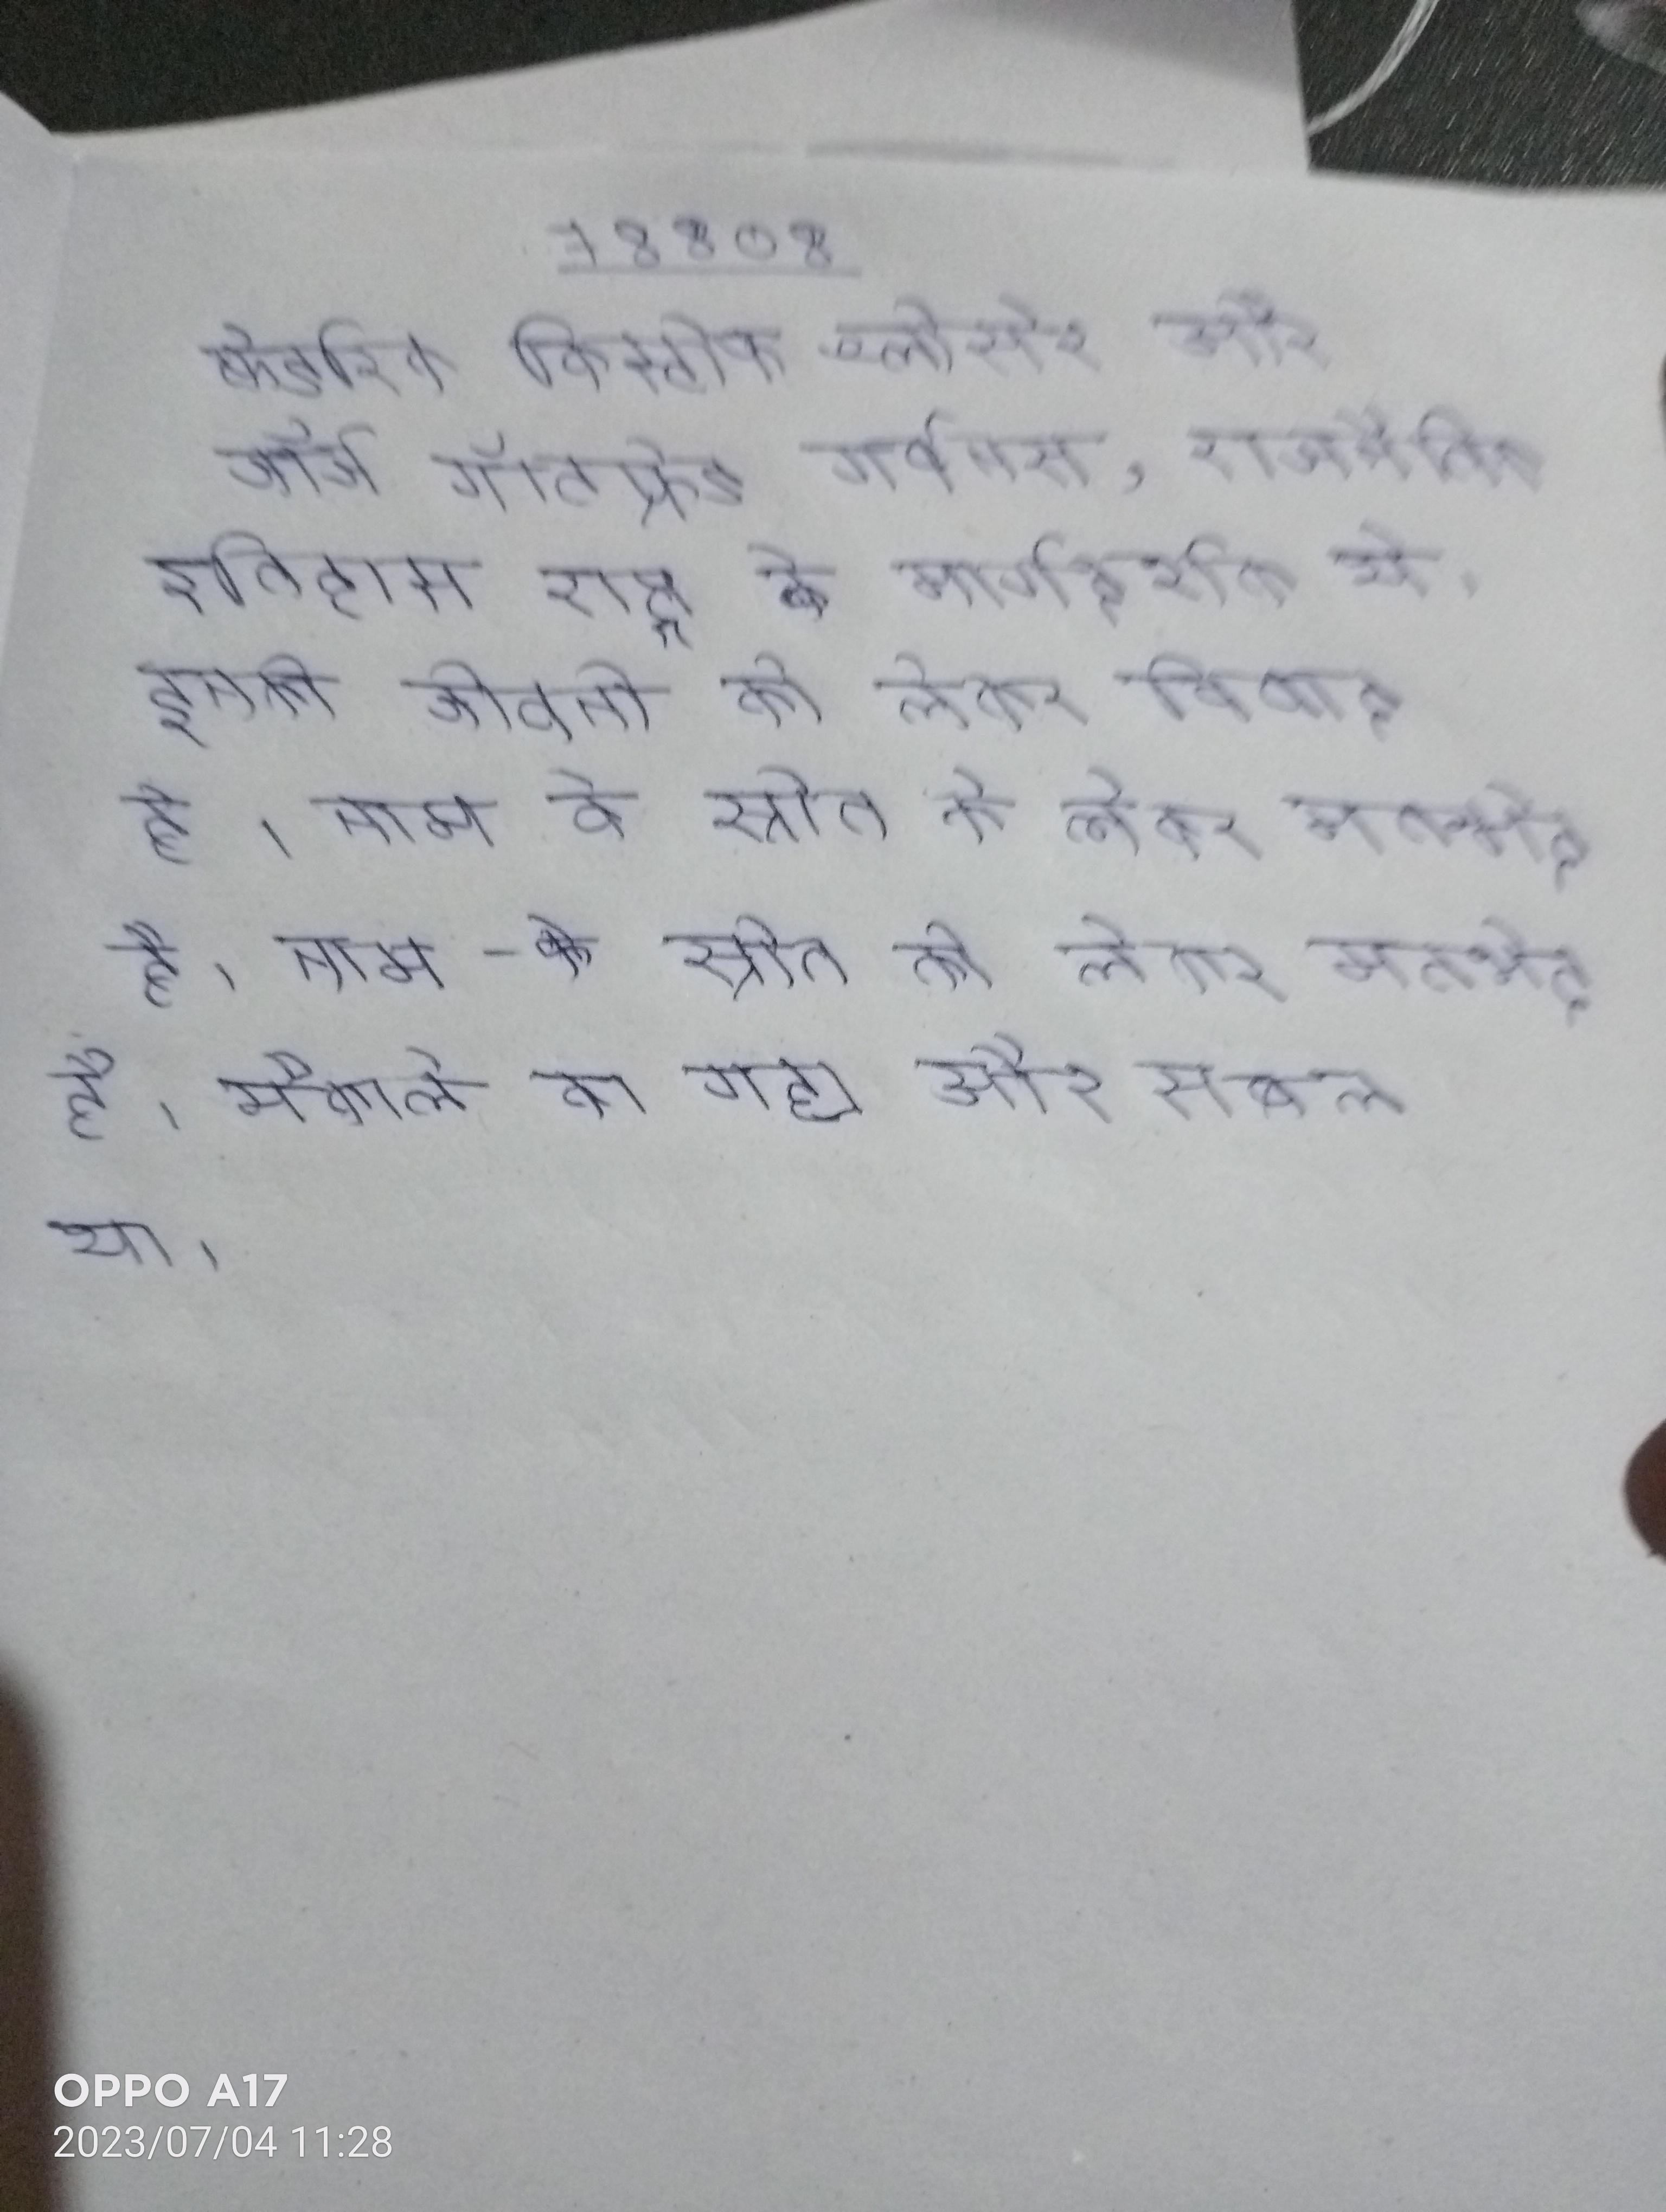
फ्रेडरिक क्रिस्टोफ श्लोसेर और जॉर्ज गॉटफ्रेड गर्वनस, राजनैतिक इतिहास राष्ट्र के मार्गदर्शक थे । इनकी जीवनी को लेकर विवाद है । नाम के स्रोत को लेकर मतभेद है । नाम के स्रोत को लेकर मतभेद है । मैकाले का गद्य और सबल था ।